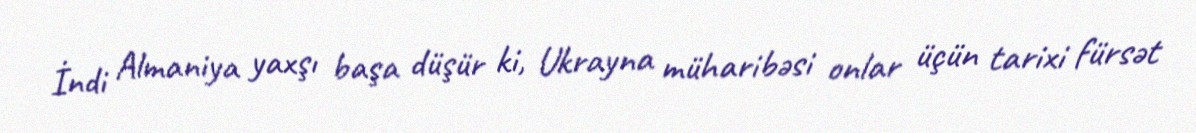
İndi Almaniya yaxşı başa düşür ki, Ukrayna müharibəsi onlar üçün tarixi fürsət